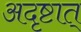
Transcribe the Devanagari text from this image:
अदृष्टात्